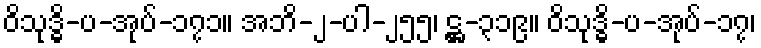
ဝိသုဒ္ဓိ-ပ-အုပ်-၁၇၁။ အဘိ-၂-ပါ-၂၅၅၊ ဋ္ဌ-၃၁၉။ ဝိသုဒ္ဓိ-ပ-အုပ်-၁၇၊